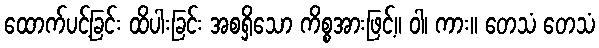
ထောက်ပင့်ခြင်း ထိပါးခြင်း အစရှိသော ကိစ္စအားဖြင့်။ ဝါ၊ ကား။ တေသံ တေသံ